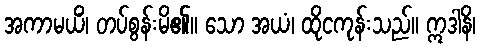
အကာမယိံ၊ တပ်စွန်းမိ၏။ သော အယံ၊ ထိုငကုန်းသည်။ ဣဒါနိ၊